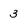
Character: 3